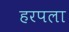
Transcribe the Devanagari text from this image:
हरपला